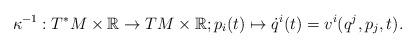
LaTeX: \begin{align*}\kappa^{-1}:T^{*}M\times\mathbb{R}\rightarrow TM\times\mathbb{R};p_{i}(t)\mapsto\dot{q}^{i}(t)=v^{i}(q^{j},p_{j},t).\end{align*}